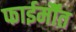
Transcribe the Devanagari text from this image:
फाईर्मौंत